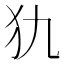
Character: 犰